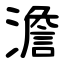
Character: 澹